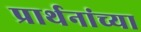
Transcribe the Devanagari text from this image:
प्रार्थनांच्या